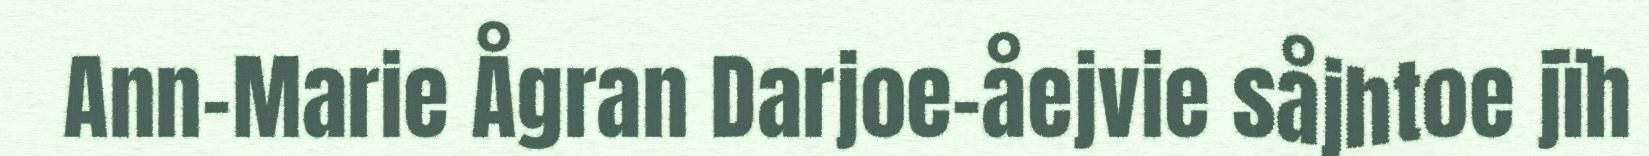
Ann-Marie Ågran Darjoe-åejvie såjhtoe jïh